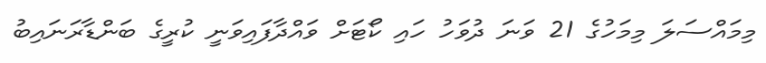
މިމައްސަލަ މިމަހުގެ 21 ވަނަ ދުވަހު ހައި ކޯޓަށް ވައްދާފައިވަނީ ކުރީގެ ބަންޑާރަނައިބު